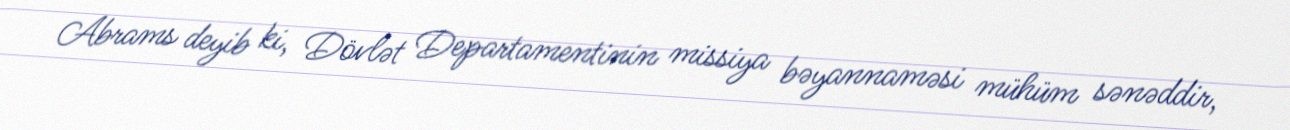
Abrams deyib ki, Dövlət Departamentinin missiya bəyannaməsi mühüm sənəddir,